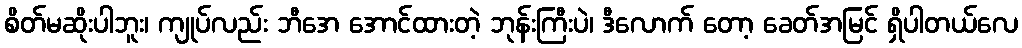
စိတ်မဆိုးပါဘူး၊ ကျုပ်လည်း ဘီအေ အောင်ထားတဲ့ ဘုန်းကြီးပဲ၊ ဒီလောက် တော့ ခေတ်အမြင် ရှိပါတယ်လေ